Papers set at the Examination for Leaving Certificates, 1894
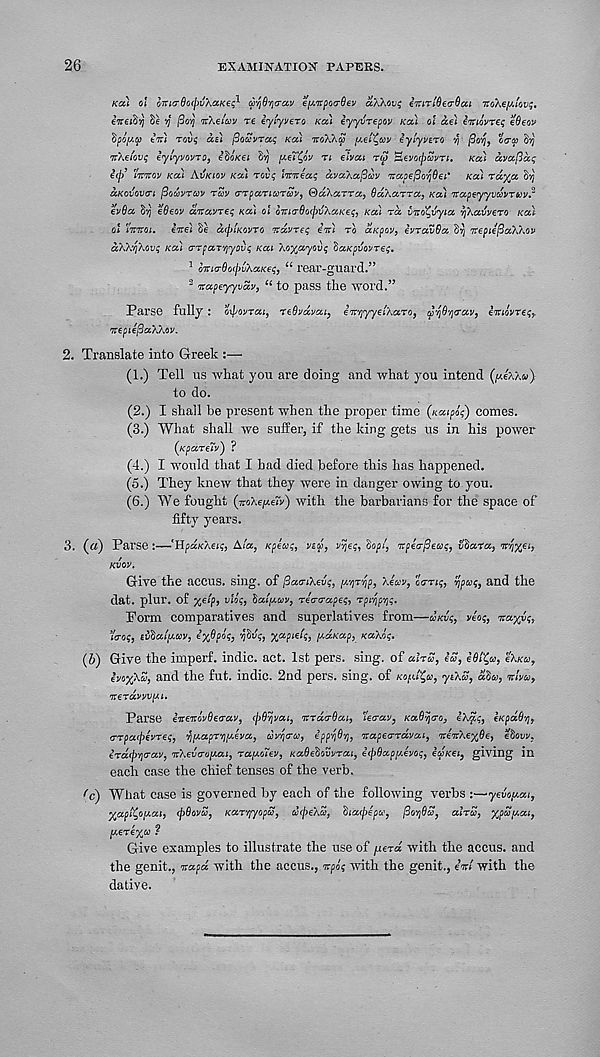
26
EXAMINATION PAPERS.
Kai c! oTno-fio^w'AaKe; 1 ayByo-av e'lAitpocrOev aXKovi imrlOea-Oai iro\6U.!ov$.
itceihyj 6e y fio-q vkei'av re tyiyvero Ka.) iyyvTep/w kou ot aei imovres efleov
opoy.a tVi tovi; as) floccvTas Ka) TtoXXa y.et^uv iyiyvsro ‘/j florj, otra
TrAewi); tylyvovjo, Hoxei Ivj pieityv TI ehicu tS ’SityocbSvri. Ka) avafiaq
iif)’ nrwoy Ka) Avkiov Ka) toi}; limeaf ayaXa^cov napefto'ljQei' Ka) rdy'a O' rj
aKovovn fiouvrccv tuv CTpaTicorcov, ©aXarra, Od’karTa, Ka) itapsyyvwMTUv?
ev6a ')■] eOeov dvavTS:; Ka) ol oiuardtj([>v\aKes, Ka) rd vno^vyia ^Aawero Ka)
ol (Woj. ine) §6 dtpiKGVTO -Kavzeq in) to aKpov, ii/TavBa Sr; nepilflaWov
aXk’tikovs Ka) (TTpaT'fiyovc, Kai 'i/y/ayovc, haKpTJOyre;.
1 mio-8o<l>v\aKeq, “ rear-guard.”
2 napeyyvdv, “ to pass the word.”
Parse fully : oipoyrai, TsOydyai, emjyye/Aaro, Gjrfiq'Tay, imovreq?
nepiiflaXh'iv.
2. Translate into Greek :—
(1.) Tell us what you are doing and what you intend (jueAXu)
to do.
(2.) I shall be present when the proper time (Kaipiq) comes.
(3.) What shall we suffer, if the king gets us in his power
(Kparitv') ?
(4.) I would that I had died before this has happened.
(5.) They knew that they were in danger owing to you.
(6.) We fought (noXe/aeiv) with the barbarians for the space of
fifty years.
3. («) Parse :—'Hpd.K\eiq, Ala, Kpeuq, vs a, y~t\(.q, 'topi, npiir^eaq, vtaTa, nvy/^i,
KVOV.
Give the accus. sing, of pamXevq, /a’/jT^p, '/Jay, otrTiq, rjpuq, and the
dat. plur. of %eip, vloq, talpouv, riaa-apeq, rpiypys.
Porm comparatives and superlatives from—vKvq, vioq, nayyq,
iVo;, titalptuv, e%Bpiq, yttlq, xapieh;, poaKap, Ka\lq.
{b) Give the imperf. indie, act. 1st pers. sing, of aUa, iS, iBlfy, cXku,
ho%\Z, and the fut. indie. 2nd pers. sing, of KopU^u, ytAu, dta, viva,
neTayyvfu.
Parse iitenlyOetrav, (jiBrivai, md/T&ai, Jo-ay, KaSojcro, l/.aq, o<pd6'/j,
(TTpacpivToq, rj[AapTrif&iva, uvqa'ce, ippyOv], napeo-rdvai, ninXe^do, etovy,
irdrp'qaay, %Xev(ro[Aai, rapoTev, KaSetovyrai, iipSapi/Jyoq, oJkol, giving in
each case the chief tenses of the verb.
f c ) What case is governed by each of the following verbs yeuV-ai,
%apt£opai, (pBovcS, KaT'qyopS, urjieXZ, tiacj/epu, fjorfid, airS, ypUjaai,
[AOTexoi ?
Give examples to illustrate the use of pera with the accus. and
the genit., napd with the accus., npoq with the genit., eV with the
dative.